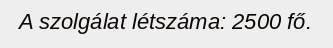
A szolgálat létszáma: 2500 fő.